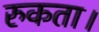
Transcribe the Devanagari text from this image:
रुकता।